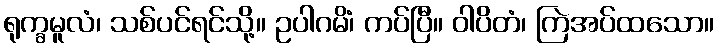
ရုက္ခမူလံ၊ သစ်ပင်ရင်သို့။ ဥပါဂမိံ၊ ကပ်ပြီ။ ဝါပိတံ၊ ကြဲအပ်ထသော။